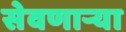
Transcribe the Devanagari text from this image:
सेवणाऱ्या